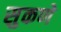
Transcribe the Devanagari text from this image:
सुकणे